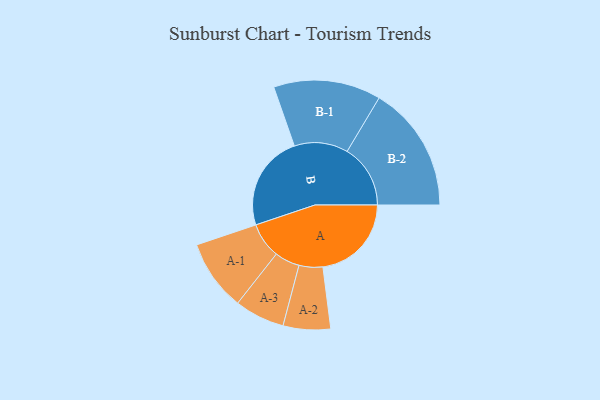
{"axis": {"x": "Segment", "y": "Value"}, "legend": ["", "A", "B"], "data": [{"x": "A", "y": 389, "type": ""}, {"x": "B", "y": 420, "type": ""}, {"x": "A-1", "y": 156, "type": "A"}, {"x": "A-2", "y": 104, "type": "A"}, {"x": "A-3", "y": 110, "type": "A"}, {"x": "B-1", "y": 236, "type": "B"}, {"x": "B-2", "y": 278, "type": "B"}]}